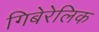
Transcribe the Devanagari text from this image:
गिबेरेलिक